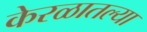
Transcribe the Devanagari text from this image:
केरळातल्या